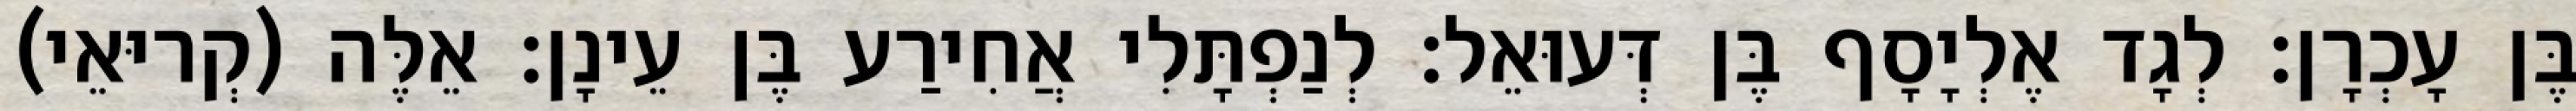
בֶּן עָכְרָן׃ לְגָד אֶלְיָסָף בֶּן דְּעוּאֵל׃ לְנַפְתָּלִי אֲחִירַע בֶּן עֵינָן׃ אֵלֶּה (קְריּאֵי)